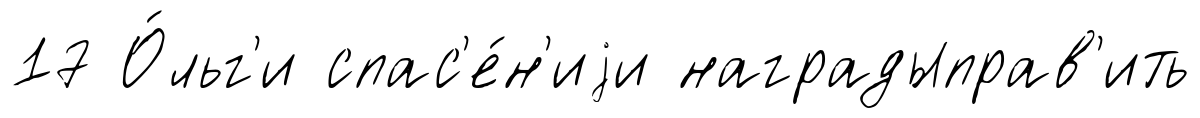
17 О́льг'и спас'е́н'иjи наградыправ'ить